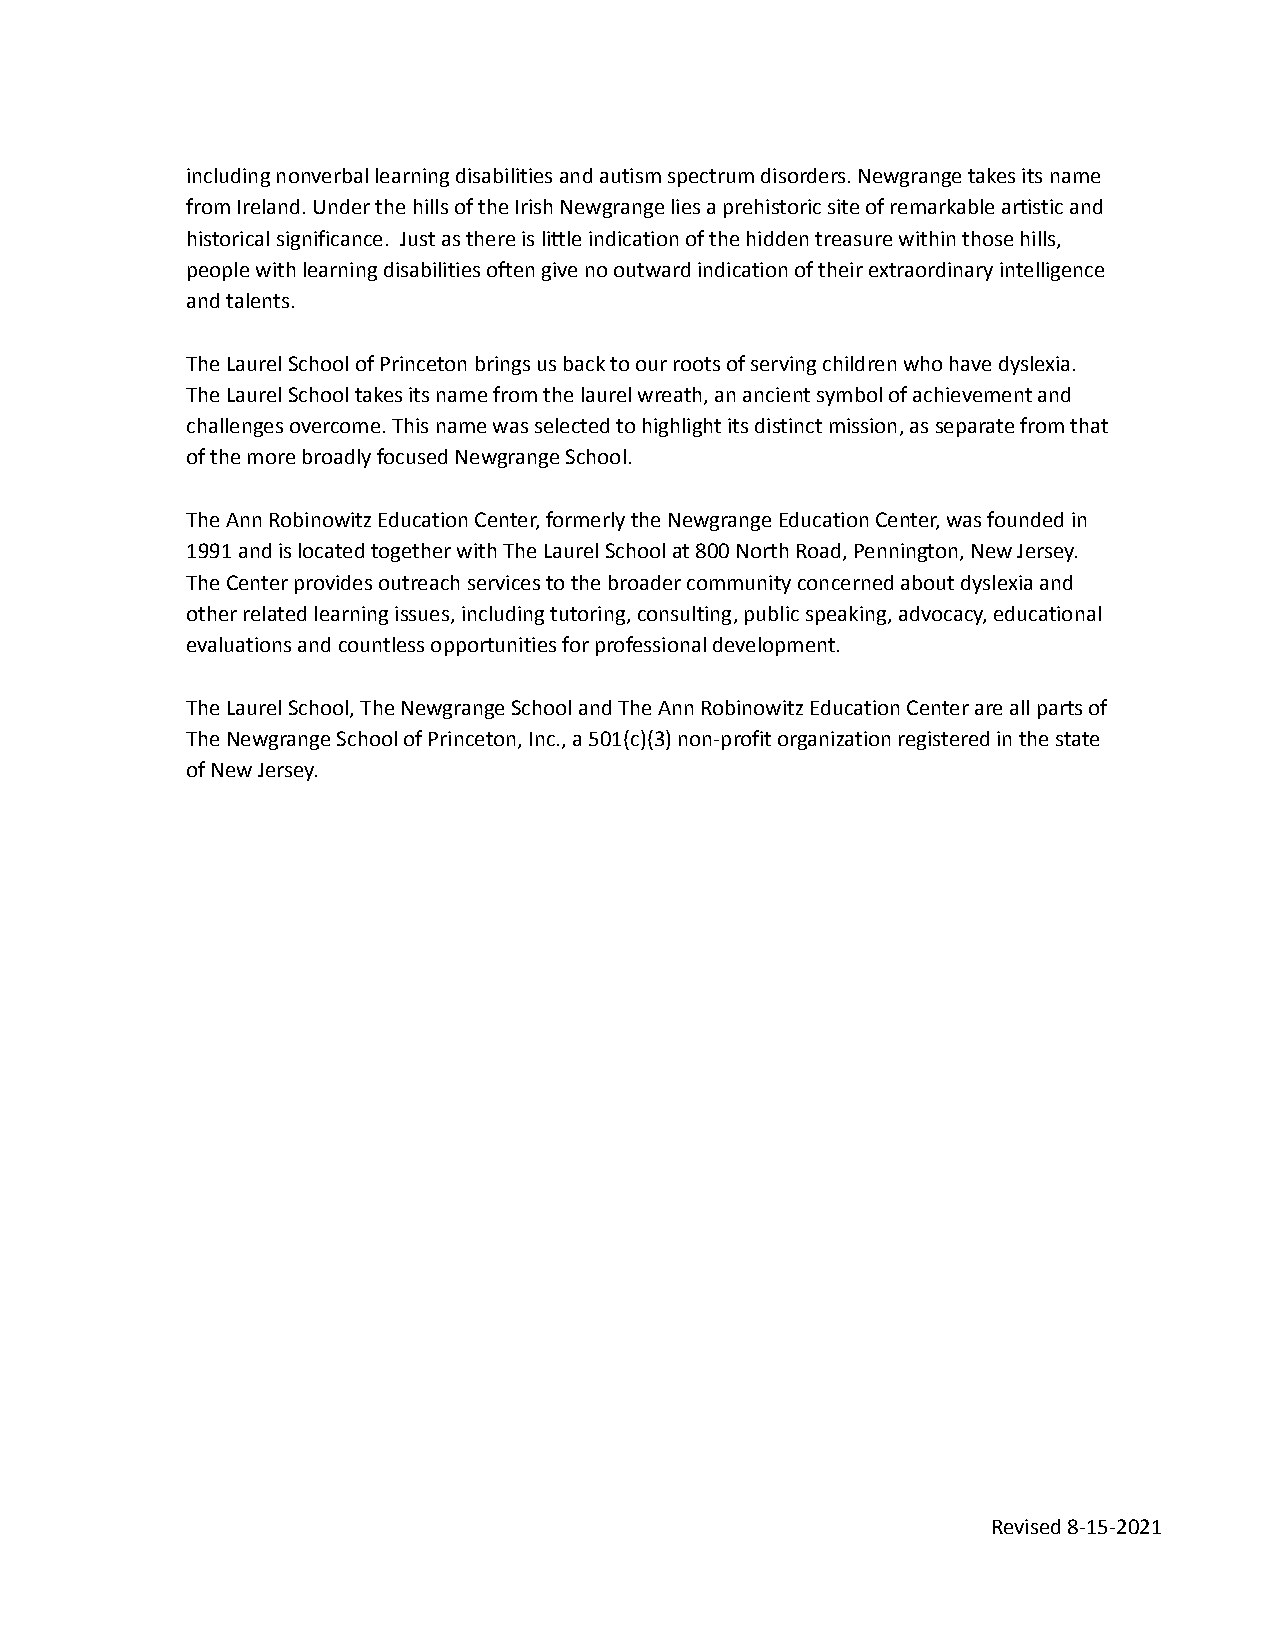
including nonverbal learning disabilities and autism spectrum disorders. Newgrange takes its name
 from Ireland. Under the hills of the Irish Newgrangelies a prehistoric site of remarkable artistic and
 historical significance. Just as there is littleindication of the hidden treasure within those hills,
 people with learning disabilities often give no outwardindication of their extraordinary intelligence
 and talents.
 The Laurel School of Princeton brings us back to ourroots of serving children who have dyslexia.
 The Laurel School takes its name from the laurel wreath,an ancient symbol of achievement and
 challenges overcome. This name was selected to highlightits distinct mission, as separate from that
 of the more broadly focused Newgrange School.
 The Ann Robinowitz Education Center, formerly theNewgrange Education Center, was founded in
 1991 and is located together with The Laurel Schoolat 800 North Road, Pennington, New Jersey.
 The Center provides outreach services to the broadercommunity concerned about dyslexia and
 other related learning issues, including tutoring,consulting, public speaking, advocacy, educational
 evaluations and countless opportunities for professionaldevelopment.
 The Laurel School, The Newgrange School and The AnnRobinowitz Education Center are all parts of
 The Newgrange School of Princeton, Inc., a 501(c)(3)non-profit organization registered in the state
 of New Jersey.
 Revised 8-15-2021